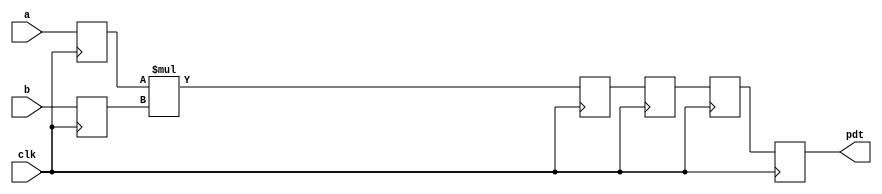
`timescale 1ns / 1ps

// from https://www.xilinx.com/support/answers/8657.html
//////////////////////////////////////////////////////////////////////////////////
// Company: 
// Engineer: 
// 
// Design Name: 
// Module Name: pipelined_multiplier
// Project Name: 
// Target Devices: 
// Tool Versions: 
// Description: 
// 
// Dependencies: 
// 
// Revision:
// Revision 0.01 - File Created
// Additional Comments:
// 
//////////////////////////////////////////////////////////////////////////////////


module pipelined_multiplier (a, b, clk, pdt);
/*
* parameter 'size' is the width of multiplier/multiplicand;.Application Notes 10-5
* parameter 'level' is the intended number of stages of the
* pipelined multiplier;
* which is typically the smallest integer greater than or equal
* to base 2 logarithm of 'size'
*/
parameter size = 16, level = 4;
input [size-1 : 0] a;
input [size-1 : 0] b;
input clk;
output [2*size-1 : 0] pdt;
reg [size-1 : 0] a_int, b_int;
reg [2*size-1 : 0] pdt_int [level-1 : 0];
integer i;

assign pdt = pdt_int [level-1];

always @ (posedge clk)
    begin
        // registering input of the multiplier
        a_int <= a;
        b_int <= b;
        // 'level' levels of registers to be inferred at the output
        // of the multiplier
        pdt_int[0] <= a_int * b_int;
        for(i = 1; i < level; i = i + 1)
        pdt_int[i] <= pdt_int [i - 1];


    end // always @ (posedge clk)
endmodule // pipelined_multiplier